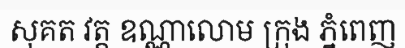
សុគត វត្ត ឧណ្ណាលោម ក្រុង ភ្នំពេញ